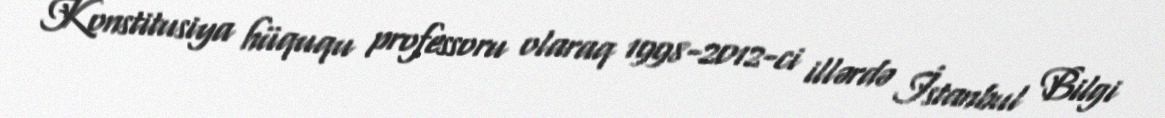
Konstitusiya hüququ professoru olaraq 1998-2012-ci illərdə İstanbul Bilgi